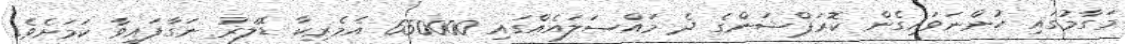
މަގާމުގައި ހުންނަވައިގެން ކޮރަޕްޝަންގެ ދެ މައްސަލައެއްގައި 650000 އެމެރިކާ ޑޮލަރު ނަގާފައިވާ ކަމަށެވެ.